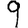
Digit: 9